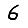
Digit: 6